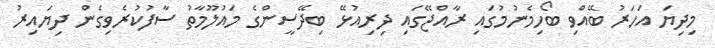
މިދިޔަ އަހަރު ބޭއްވި ބޯހިމެނުމުގައި ރާއްޖޭގައި ދިރިއުޅޭ ބިދޭސީންގެ މައުލޫމާތު ސާފުކުރެވިގެން ދިޔައިރު